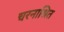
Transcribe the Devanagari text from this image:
चरनाश्रित